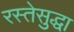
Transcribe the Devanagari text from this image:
रस्तेसुद्धा